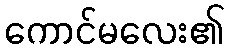
ကောင်မလေး၏